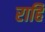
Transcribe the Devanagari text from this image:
राहि